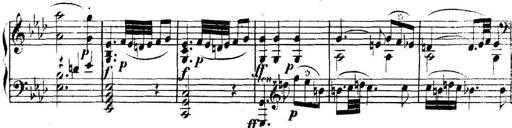
Title: Collected Piano Sonatas
Composer: Muzio Clementi